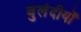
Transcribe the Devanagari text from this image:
बुलंदीयों